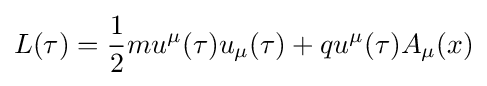
L(\tau )={\frac {1}{2}}mu^{\mu }(\tau )u_{\mu }(\tau )+qu^{\mu }(\tau )A_{\mu }(x)